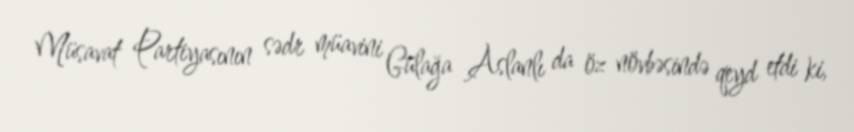
Müsavat Partiyasının sədr müavini Gülağa Aslanlı da öz növbəsində qeyd etdi ki,